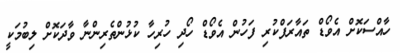
ހާއްސަކޮށް އެވޯޑް ތައާރަފްކުރި ފަހުން އެވޯޑް ހޯދި ހުރިހާ ކުޅުންތެރިންނާ ވާދަކޮށް ލިބުމަކީ